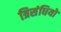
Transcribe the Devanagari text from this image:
त्रिसंधियों